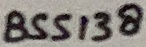
Text: BSS138